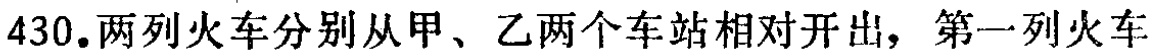
430.两列火车分别从甲、乙两个车站相对开出，第一列火车